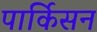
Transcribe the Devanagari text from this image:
पार्किसन